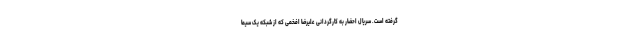
گرفته است. سریال احضار به کارگردانی علیرضا افخمی که از شبکه یک سیما